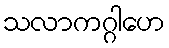
သလာကဂ္ဂါဟေ